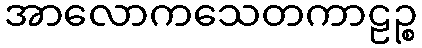
အာလောကသေတကာဠဉ္စ